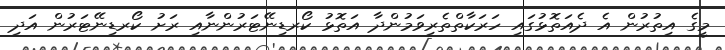
މީގެ އިތުރުން އެ ދެއަތޮޅުގައި ހަރަކާތްތެރިވަމުންދާ އަތޮޅު ކޯރޑިނޭޓަރުންނާއި ރަށު ކޯރޑިނޭޓަރުން އަދި